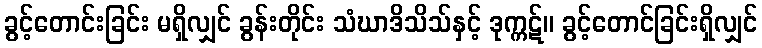
ခွင့်တောင်းခြင်း မရှိလျှင် ခွန်းတိုင်း သံဃာဒိသိသ်နှင့် ဒုက္ကဋ်။ ခွင့်တောင်ခြင်းရှိလျှင်